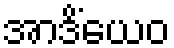
အာဒိံယေဝ